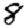
Digit: 8